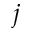
j